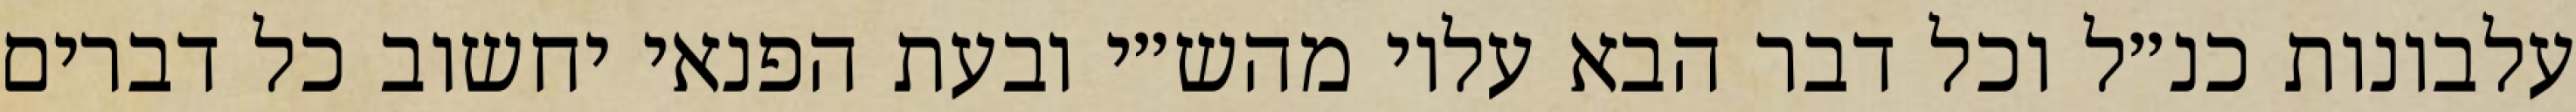
עלבונות כנ״ל וכל דבר הבא עליו מהש״י ובעת הפנאי יחשוב כל דברים